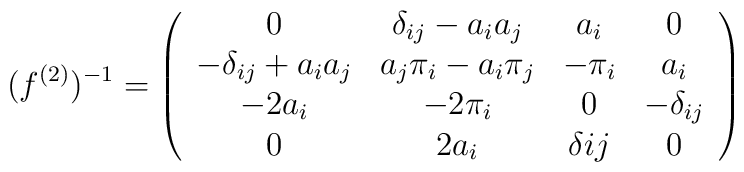
(f^{(2)})^{-1}=\left(\begin{array}{cccc}0                   &  \delta_{ij}-a_ia_j  &     a_i        &     0 \\-\delta_{ij}+a_ia_j &  a_j\pi_i-a_i\pi_j   &    -\pi_i      &    a_i \\-2a_i               &        -2\pi_i       &      0         &  -\delta_{ij}   \\0                   &       2 a_i          &   \delta{ij}   &     0  \end{array}\right)